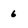
Character: 6